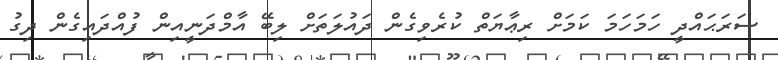
ސަރަޙައްދީ ހަމަހަމަ ކަމަށް ރިޢާޔަތް ކުރެވިގެން ދައުލަތަށް ލިބޭ އާމްދަނީއިން ފުއްދައިގެން ދިގު